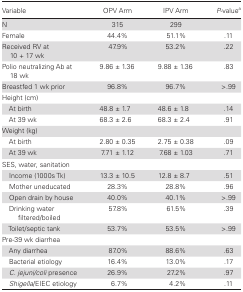
<table><thead><tr><td><b>Variable</b></td><td><b>OPV Arm</b></td><td><b>IPV Arm</b></td><td><b><i>P</i>-value<sup>a</sup></b></td></tr></thead><tbody><tr><td>N</td><td>315</td><td>299</td><td></td></tr><tr><td>Female</td><td>44.4%</td><td>51.1%</td><td>.11</td></tr><tr><td>Received RV at 10 + 17 wk</td><td>47.9%</td><td>53.2%</td><td>.22</td></tr><tr><td>Polio neutralizing Ab at 18 wk</td><td>9.86 ± 1.36</td><td>9.88 ± 1.36</td><td>.83</td></tr><tr><td>Breastfed 1 wk prior</td><td>96.8%</td><td>96.7%</td><td>&gt;.99</td></tr><tr><td colspan="4">Height (cm)</td></tr><tr><td> At birth</td><td>48.8 ± 1.7</td><td>48.6 ± 1.8</td><td>.14</td></tr><tr><td> At 39 wk</td><td>68.3 ± 2.6</td><td>68.3 ± 2.4</td><td>.91</td></tr><tr><td colspan="4">Weight (kg)</td></tr><tr><td> At birth</td><td>2.80 ± 0.35</td><td>2.75 ± 0.38</td><td>.09</td></tr><tr><td> At 39 wk</td><td>7.71 ± 1.12</td><td>7.68 ± 1.03</td><td>.71</td></tr><tr><td colspan="4">SES, water, sanitation</td></tr><tr><td> Income (1000s Tk)</td><td>13.3 ± 10.5</td><td>12.8 ± 8.7</td><td>.51</td></tr><tr><td> Mother uneducated</td><td>28.3%</td><td>28.8%</td><td>.96</td></tr><tr><td> Open drain by house</td><td>40.0%</td><td>40.1%</td><td>&gt;.99</td></tr><tr><td> Drinking water filtered/boiled</td><td>57.8%</td><td>61.5%</td><td>.39</td></tr><tr><td> Toilet/septic tank</td><td>53.7%</td><td>53.5%</td><td>&gt;.99</td></tr><tr><td colspan="4">Pre-39 wk diarrhea</td></tr><tr><td> Any diarrhea</td><td>87.0%</td><td>88.6%</td><td>.63</td></tr><tr><td> Bacterial etiology</td><td>16.4%</td><td>13.0%</td><td>.17</td></tr><tr><td> <i>C. jejuni/coli</i> presence</td><td>26.9%</td><td>27.2%</td><td>.97</td></tr><tr><td> <i>Shigella</i>/EIEC etiology</td><td>6.7%</td><td>4.2%</td><td>.11</td></tr></tbody></table>